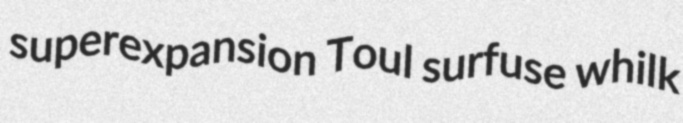
superexpansion Toul surfuse whilk